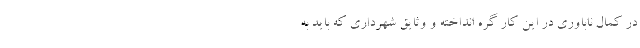
در کمال ناباوری در این کار گره انداخته و وثایق شهرداری که باید به